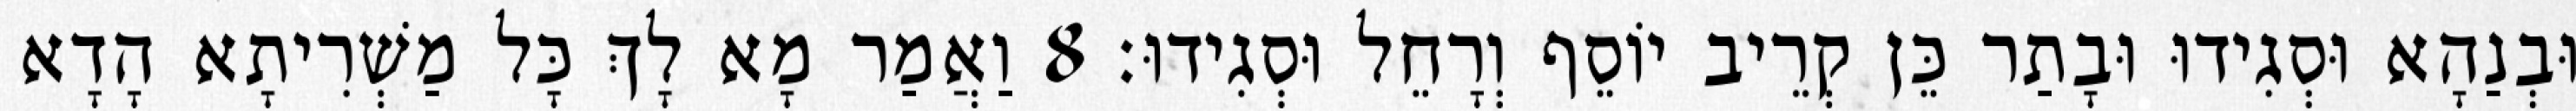
וּבְנַהָא וּסְגִידוּ וּבָתַר כֵּן קְרֵיב יוֹסֵף וְרָחֵל וּסְגִידוּ׃ 8 וַאֲמַר מָא לָךְ כָּל מַשְׁרִיתָא הָדָא